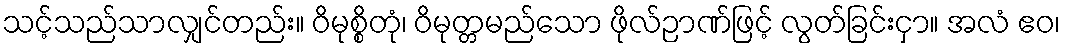
သင့်သည်သာလျှင်တည်း။ ဝိမုစ္စိတုံ၊ ဝိမုတ္တမည်သော ဖိုလ်ဉာဏ်ဖြင့် လွတ်ခြင်းငှာ။ အလံ ဧဝ၊